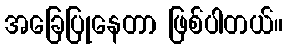
အခြေပြုနေတာ ဖြစ်ပါတယ်။